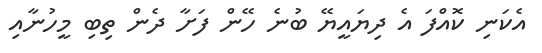
އެކަނި ކޮއްފަ އެ ދިޔައީޔޭ ބުނެ ހޭން ފަށާ ދެން ތިބި މީހުނާއި